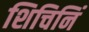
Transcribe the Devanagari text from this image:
शिचिनिं